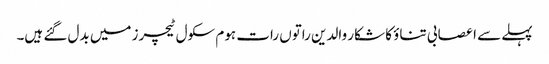
پہلے سے اعصابی تناؤ کا شکار والدین راتوں رات ہوم سکول ٹیچرز میں بدل گئے ہیں۔